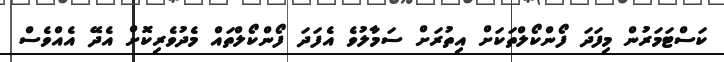
ކަސްޓަމަރުން މިފަދަ ފޯންކޯލްތަކަށް އިތުރަށް ސަމާލުވެ އެފަދަ ފޯންކޯލްތައް މެދުވެރިކޮށް އެދޭ އެއްވެސް